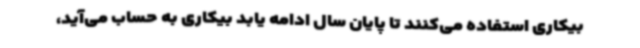
بیکاری استفاده می‌کنند تا پایان سال ادامه یابد بیکاری به حساب می‌آید،